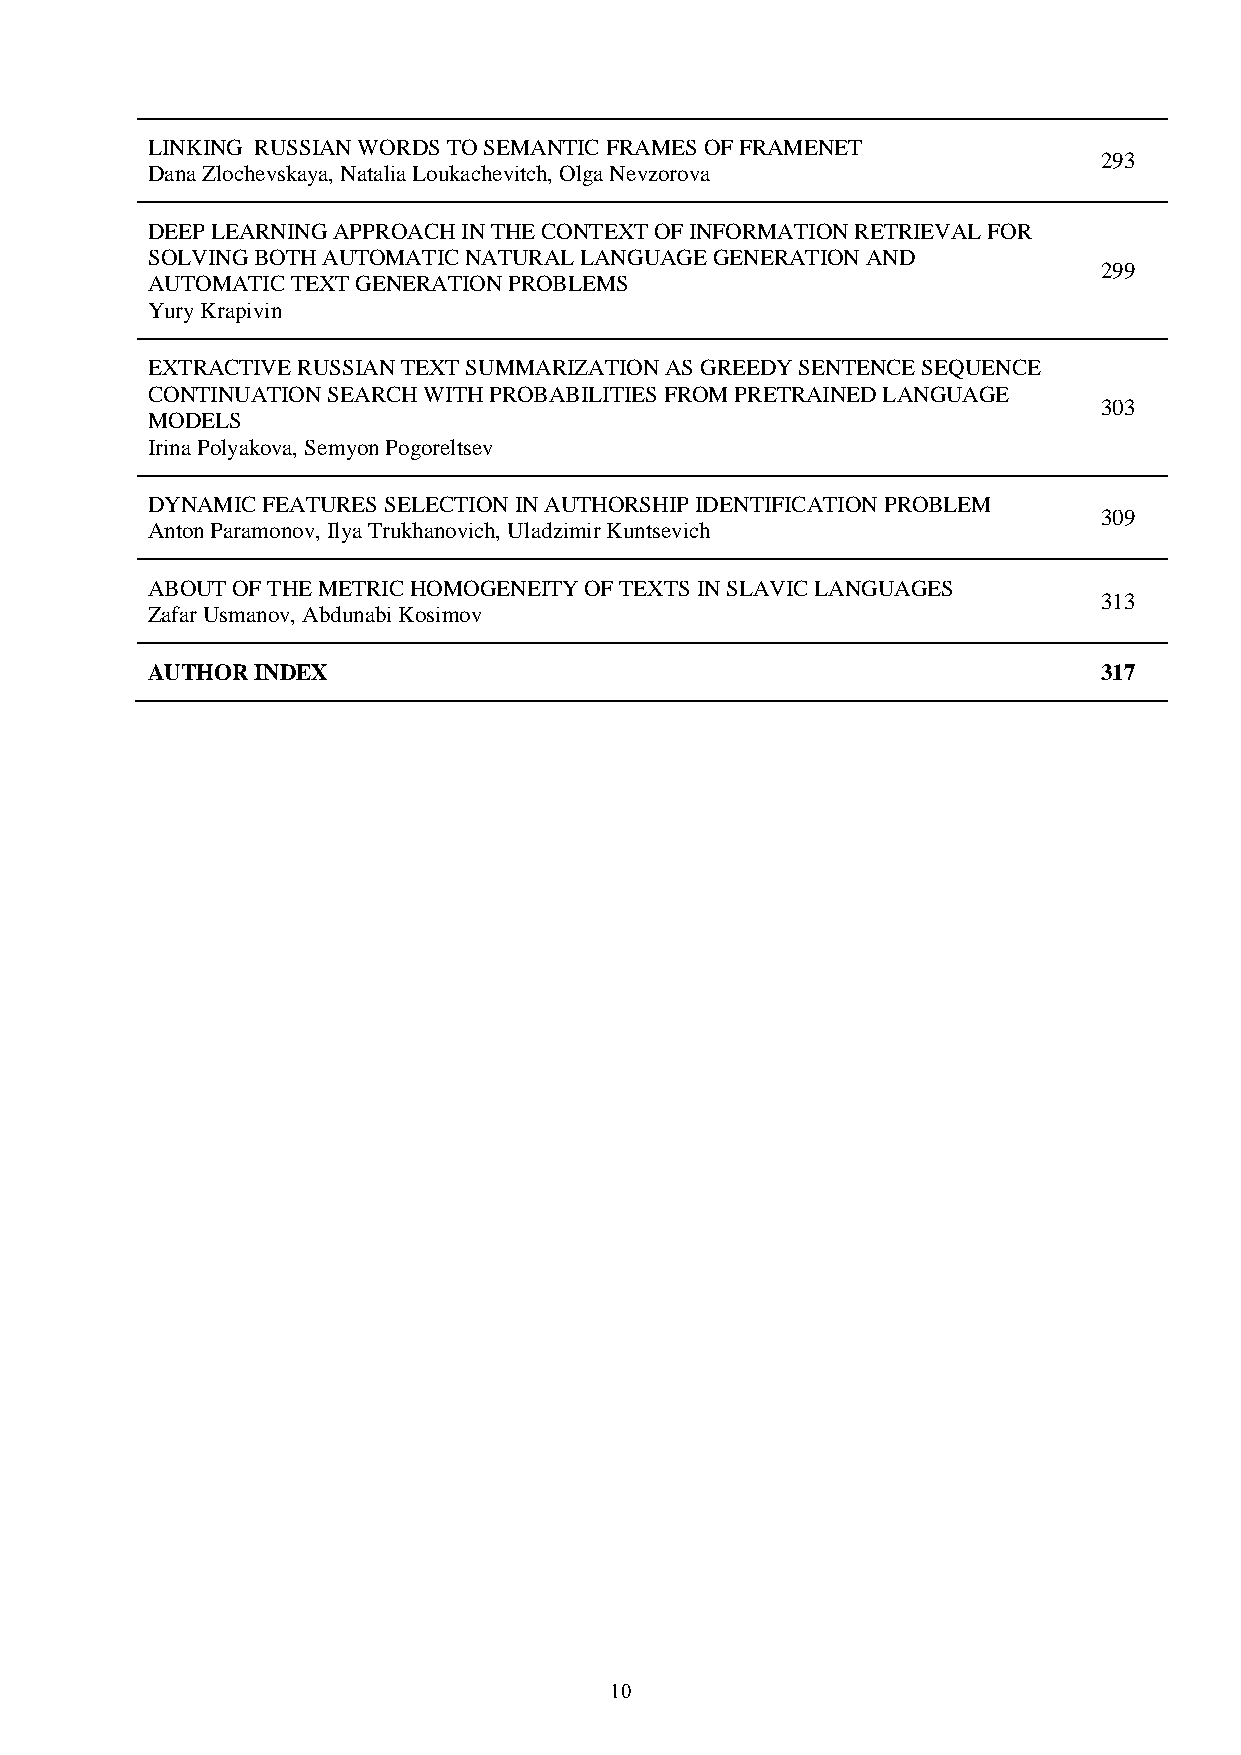
LINKING RUSSIAN WORDS TO SEMANTIC FRAMES OF FRAMENET
 293
 Dana Zlochevskaya, Natalia Loukachevitch, Olga Nevzorova
 DEEP LEARNING APPROACH IN THE CONTEXT OF INFORMATION RETRIEVAL FOR
 SOLVING BOTH AUTOMATIC NATURAL LANGUAGE GENERATION AND
 299
 AUTOMATIC TEXT GENERATION PROBLEMS
 Yury Krapivin
 EXTRACTIVE RUSSIAN TEXT SUMMARIZATION AS GREEDY SENTENCE SEQUENCE
 CONTINUATION SEARCH WITH PROBABILITIES FROM PRETRAINED LANGUAGE
 303
 MODELS
 Irina Polyakova, Semyon Pogoreltsev
 DYNAMIC FEATURES SELECTION IN AUTHORSHIP IDENTIFICATION PROBLEM
 309
 Anton Paramonov, Ilya Trukhanovich, Uladzimir Kuntsevich
 ABOUT OF THE METRIC HOMOGENEITY OF TEXTS IN SLAVIC LANGUAGES
 313
 Zafar Usmanov, Abdunabi Kosimov
 AUTHOR INDEX                                                   317
 10